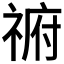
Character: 𰨈